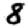
Digit: 8